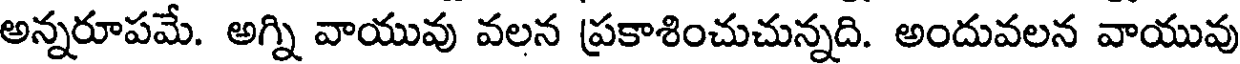
అన్నరూపమే. అగ్ని వాయువు వలన ప్రకాశించుచున్నది. అందువలన వాయువు